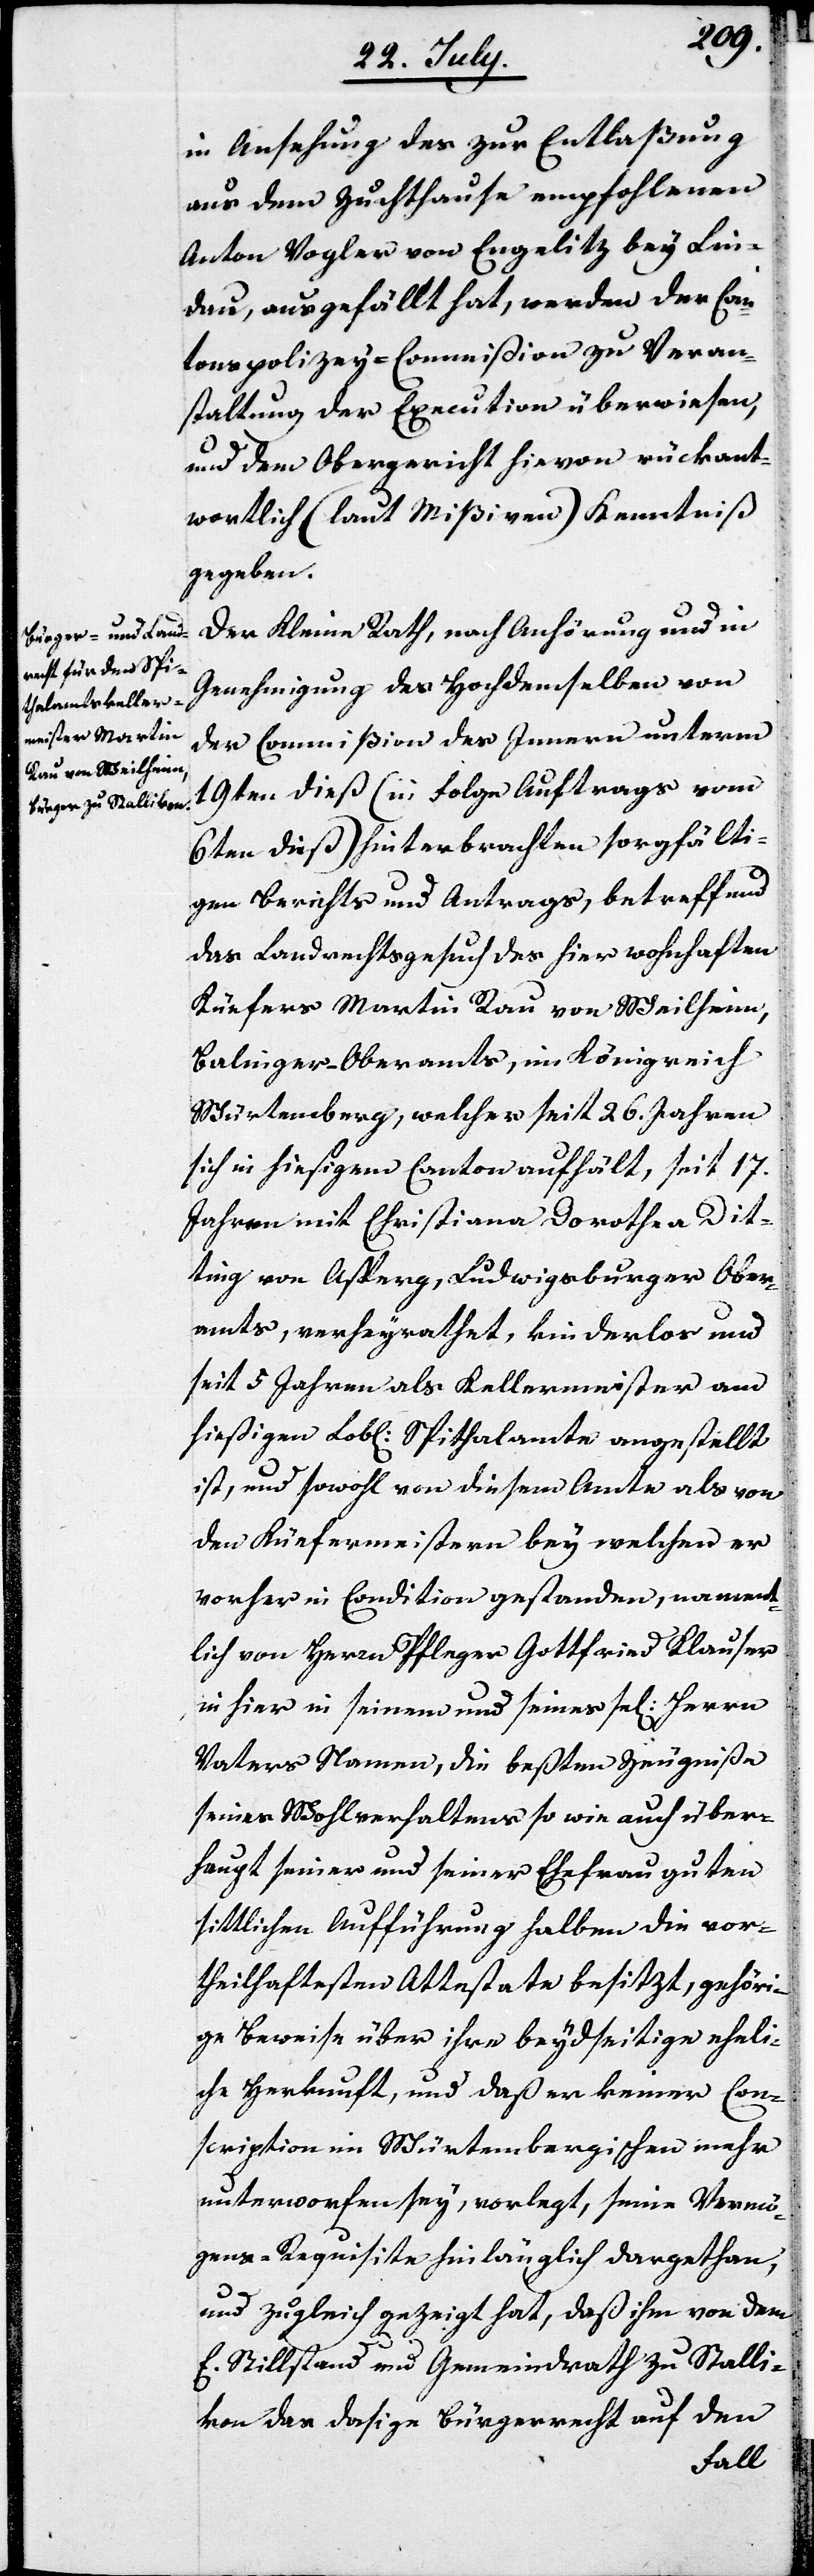
in Ansehung des zur Entlaßung
aus dem Zuchthause empfohlenen
Anton Vogler von Engelitz bey Lin¬
dau, ausgefällt hat, werden der Can¬
tonspolizey-Commißion zu Veran¬
staltung der Execution überwiesen,
und dem Obergericht hievon rückant¬
wortlich (laut Mißiven) Kenntniß
gegeben.
Der Kleine Rath, nach Anhörung und in
Genehmigung des Hochdemselben von
der Commißion des Innern unterm
19ten dieß (in Folge Auftrags vom
6ten dieß) hinterbrachten sorgfälti¬
gen Berichts und Antrags, betreffend
das Landrechtsgesuch des hier wohnhaften
Küefers Martin Rau von Weilheim,
Balinger-Oberamts, im Königreich
Würtemberg, welcher seit 26. Jahren
sich in hießigem Canton aufhält, seit 17.
Jahren mit Christiane Dorothea Dit¬
tling von Asperg, Ludwigsburger Ober¬
amts, verheyrathet, kinderlos und
seit 5. Jahren als Kellermeister am
hießigen Lobl. Spithalamte angestellt
ist, und sowohl von diesem Amte als von
den Küefermeistern bey welchen er
vorher in Condition gestanden, nament¬
lich von Herrn Pfleger Gottfried Klauser
in hier in seinem und seines sel. Herrn
Vaters Namen, die beßten Zeugniße
seines Wohlverhaltens so wie auch über¬
haupt seines und seiner Ehefrau guten
sittlichen Aufführung halben die vor¬
theilhaftesten Attestate besitzt, gehöri¬
ge Beweise über ihre beydseitige eheli¬
che Herkunft, und daß er keiner Con¬
scription im Würtembergischen mehr
unterworfen sey, vorlegt, seine Vermö¬
gens-Requisite hinlänglich dargethan,
und zugleich gezeigt hat, daß ihm von dem
E. Stillstand und Gemeindrath zu Stalli¬
kon das dasige Bürgerrecht auf den